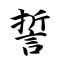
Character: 誓